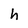
Character: h